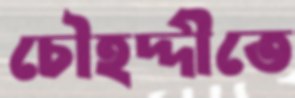
চৌহদ্দীতে